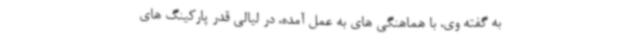
به گفته وی، با هماهنگی های به عمل آمده، در لیالی قدر پارکینگ های